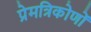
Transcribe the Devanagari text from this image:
प्रेमत्रिकोणों